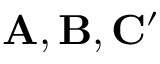
\mathbf { A } , \mathbf { B } , \mathbf { C ^ { \prime } }